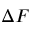
\Delta F